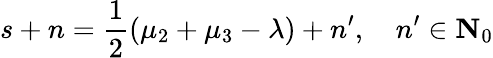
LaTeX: s+n=\frac{1}{2}(\mu_{2}+\mu_{3}-\lambda)+n^{\prime},\quad n^{\prime}\in\mathbf{N}_{0}